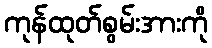
ကုန်ထုတ်စွမ်းအားကို